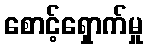
စောင့်ရှောက်မှု